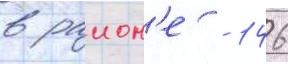
в раион'е - 146